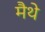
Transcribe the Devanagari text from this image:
मैथे